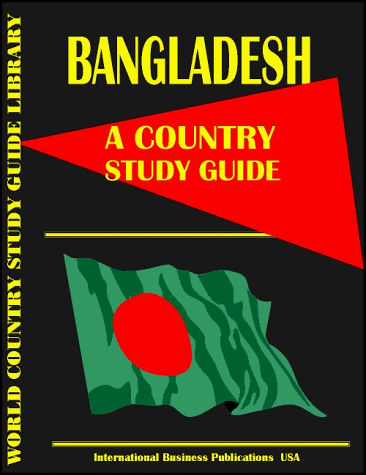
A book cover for Bangladesh Country Study Guide (World Country Study Guide; Ibp Usa; Travel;